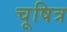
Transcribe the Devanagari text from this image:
चूषित्र